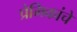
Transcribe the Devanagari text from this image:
प्रेमिकांचे